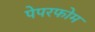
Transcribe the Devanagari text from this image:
पेपरफोम